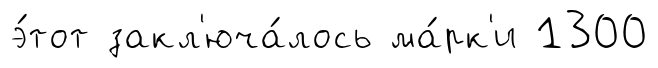
э́тот закл'юча́лось ма́рк'и 1300